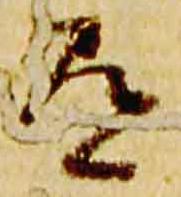
道